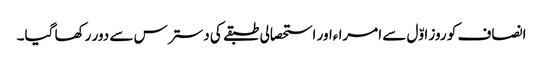
انصاف کو روز اوّل سے امرا ءاور استحصالی طبقے کی دسترس سے دور رکھا گیا۔